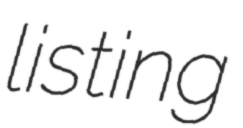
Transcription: listing